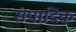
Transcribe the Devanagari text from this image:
संपादिक